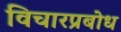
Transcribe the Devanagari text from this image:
विचारप्रबोध